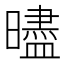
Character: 𰖵